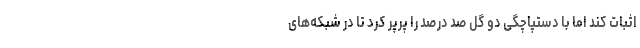
اثبات کند اما با دستپاچگی دو گل صد درصد را پرپر کرد تا در شبکه‌های